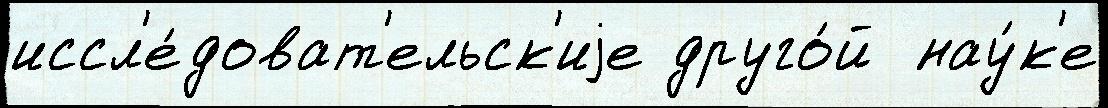
иссл'е́доват'ельск'иjе друго́й  нау́к'е